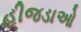
હીજડાઓ